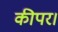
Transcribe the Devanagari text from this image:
कीपर।